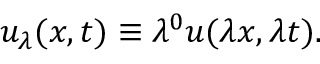
u _ { \lambda } ( x , t ) \equiv \lambda ^ { 0 } u ( \lambda x , \lambda t ) .